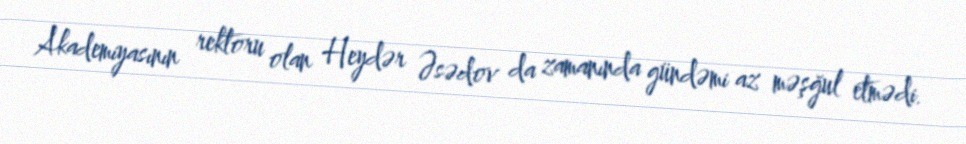
Akademiyasının rektoru olan Heydər Əsədov da zamanında gündəmi az məşğul etmədi.